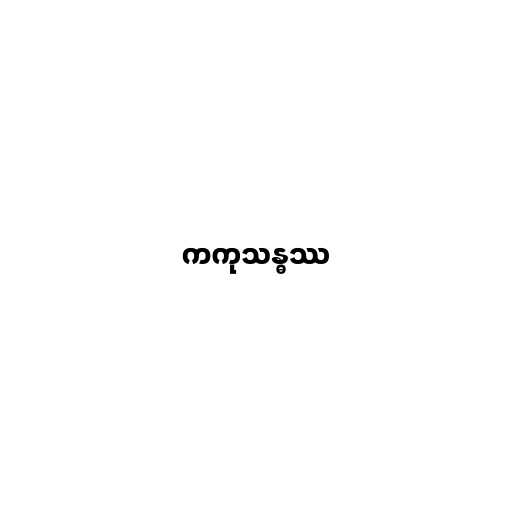
ကကုသန္ဓဿ